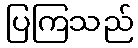
ပြကြသည်